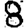
Digit: 8